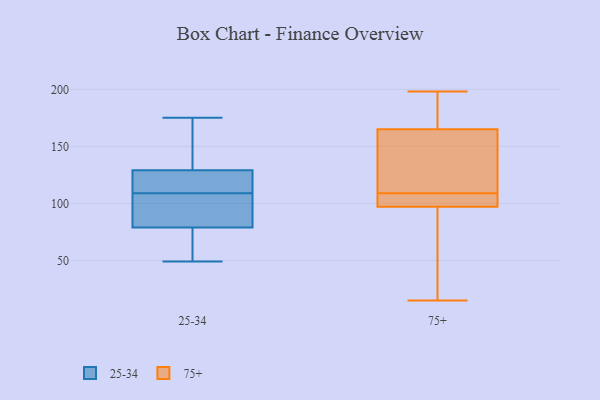
{"axis": {"x": "Bounce Rate (%)", "y": "Value"}, "legend": ["25-34", "75+"], "data": [{"x": "", "y": 128, "type": "25-34"}, {"x": "", "y": 136, "type": "25-34"}, {"x": "", "y": 84, "type": "25-34"}, {"x": "", "y": 79, "type": "25-34"}, {"x": "", "y": 129, "type": "25-34"}, {"x": "", "y": 106, "type": "25-34"}, {"x": "", "y": 87, "type": "25-34"}, {"x": "", "y": 59, "type": "25-34"}, {"x": "", "y": 143, "type": "25-34"}, {"x": "", "y": 127, "type": "25-34"}, {"x": "", "y": 175, "type": "25-34"}, {"x": "", "y": 49, "type": "25-34"}, {"x": "", "y": 53, "type": "25-34"}, {"x": "", "y": 112, "type": "25-34"}, {"x": "", "y": 145, "type": "75+"}, {"x": "", "y": 165, "type": "75+"}, {"x": "", "y": 15, "type": "75+"}, {"x": "", "y": 106, "type": "75+"}, {"x": "", "y": 177, "type": "75+"}, {"x": "", "y": 97, "type": "75+"}, {"x": "", "y": 109, "type": "75+"}, {"x": "", "y": 198, "type": "75+"}, {"x": "", "y": 109, "type": "75+"}, {"x": "", "y": 25, "type": "75+"}]}